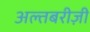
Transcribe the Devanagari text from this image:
अल्तबरीज़ी